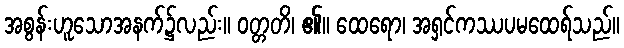
အစွန်းဟူသောအနက်၌လည်း။ ဝတ္တတိ၊ ၏။ ထေရော၊ အရှင်ကဿပမထေရ်သည်။